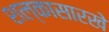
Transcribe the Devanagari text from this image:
शल्कासारखे